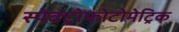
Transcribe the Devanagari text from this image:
स्पेक्ट्रोफोटोमेट्रिक